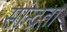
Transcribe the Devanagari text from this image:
सांन्द्रता